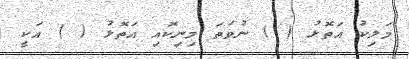
މަލިކު އަތޮޅު ( ) ނުވަތަ މިނިކޮއި އަތޮޅު ( ) އަކީ